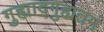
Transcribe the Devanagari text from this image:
गुह्याद्गुह्यतमं